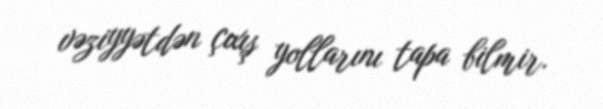
vəziyyətdən çıxış yollarını tapa bilmir.